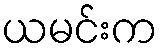
ယမင်းက